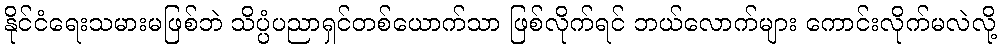
နိုင်ငံရေးသမားမဖြစ်ဘဲ သိပ္ပံပညာရှင်တစ်ယောက်သာ ဖြစ်လိုက်ရင် ဘယ်လောက်များ ကောင်းလိုက်မလဲလို့